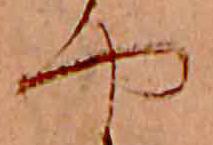
や